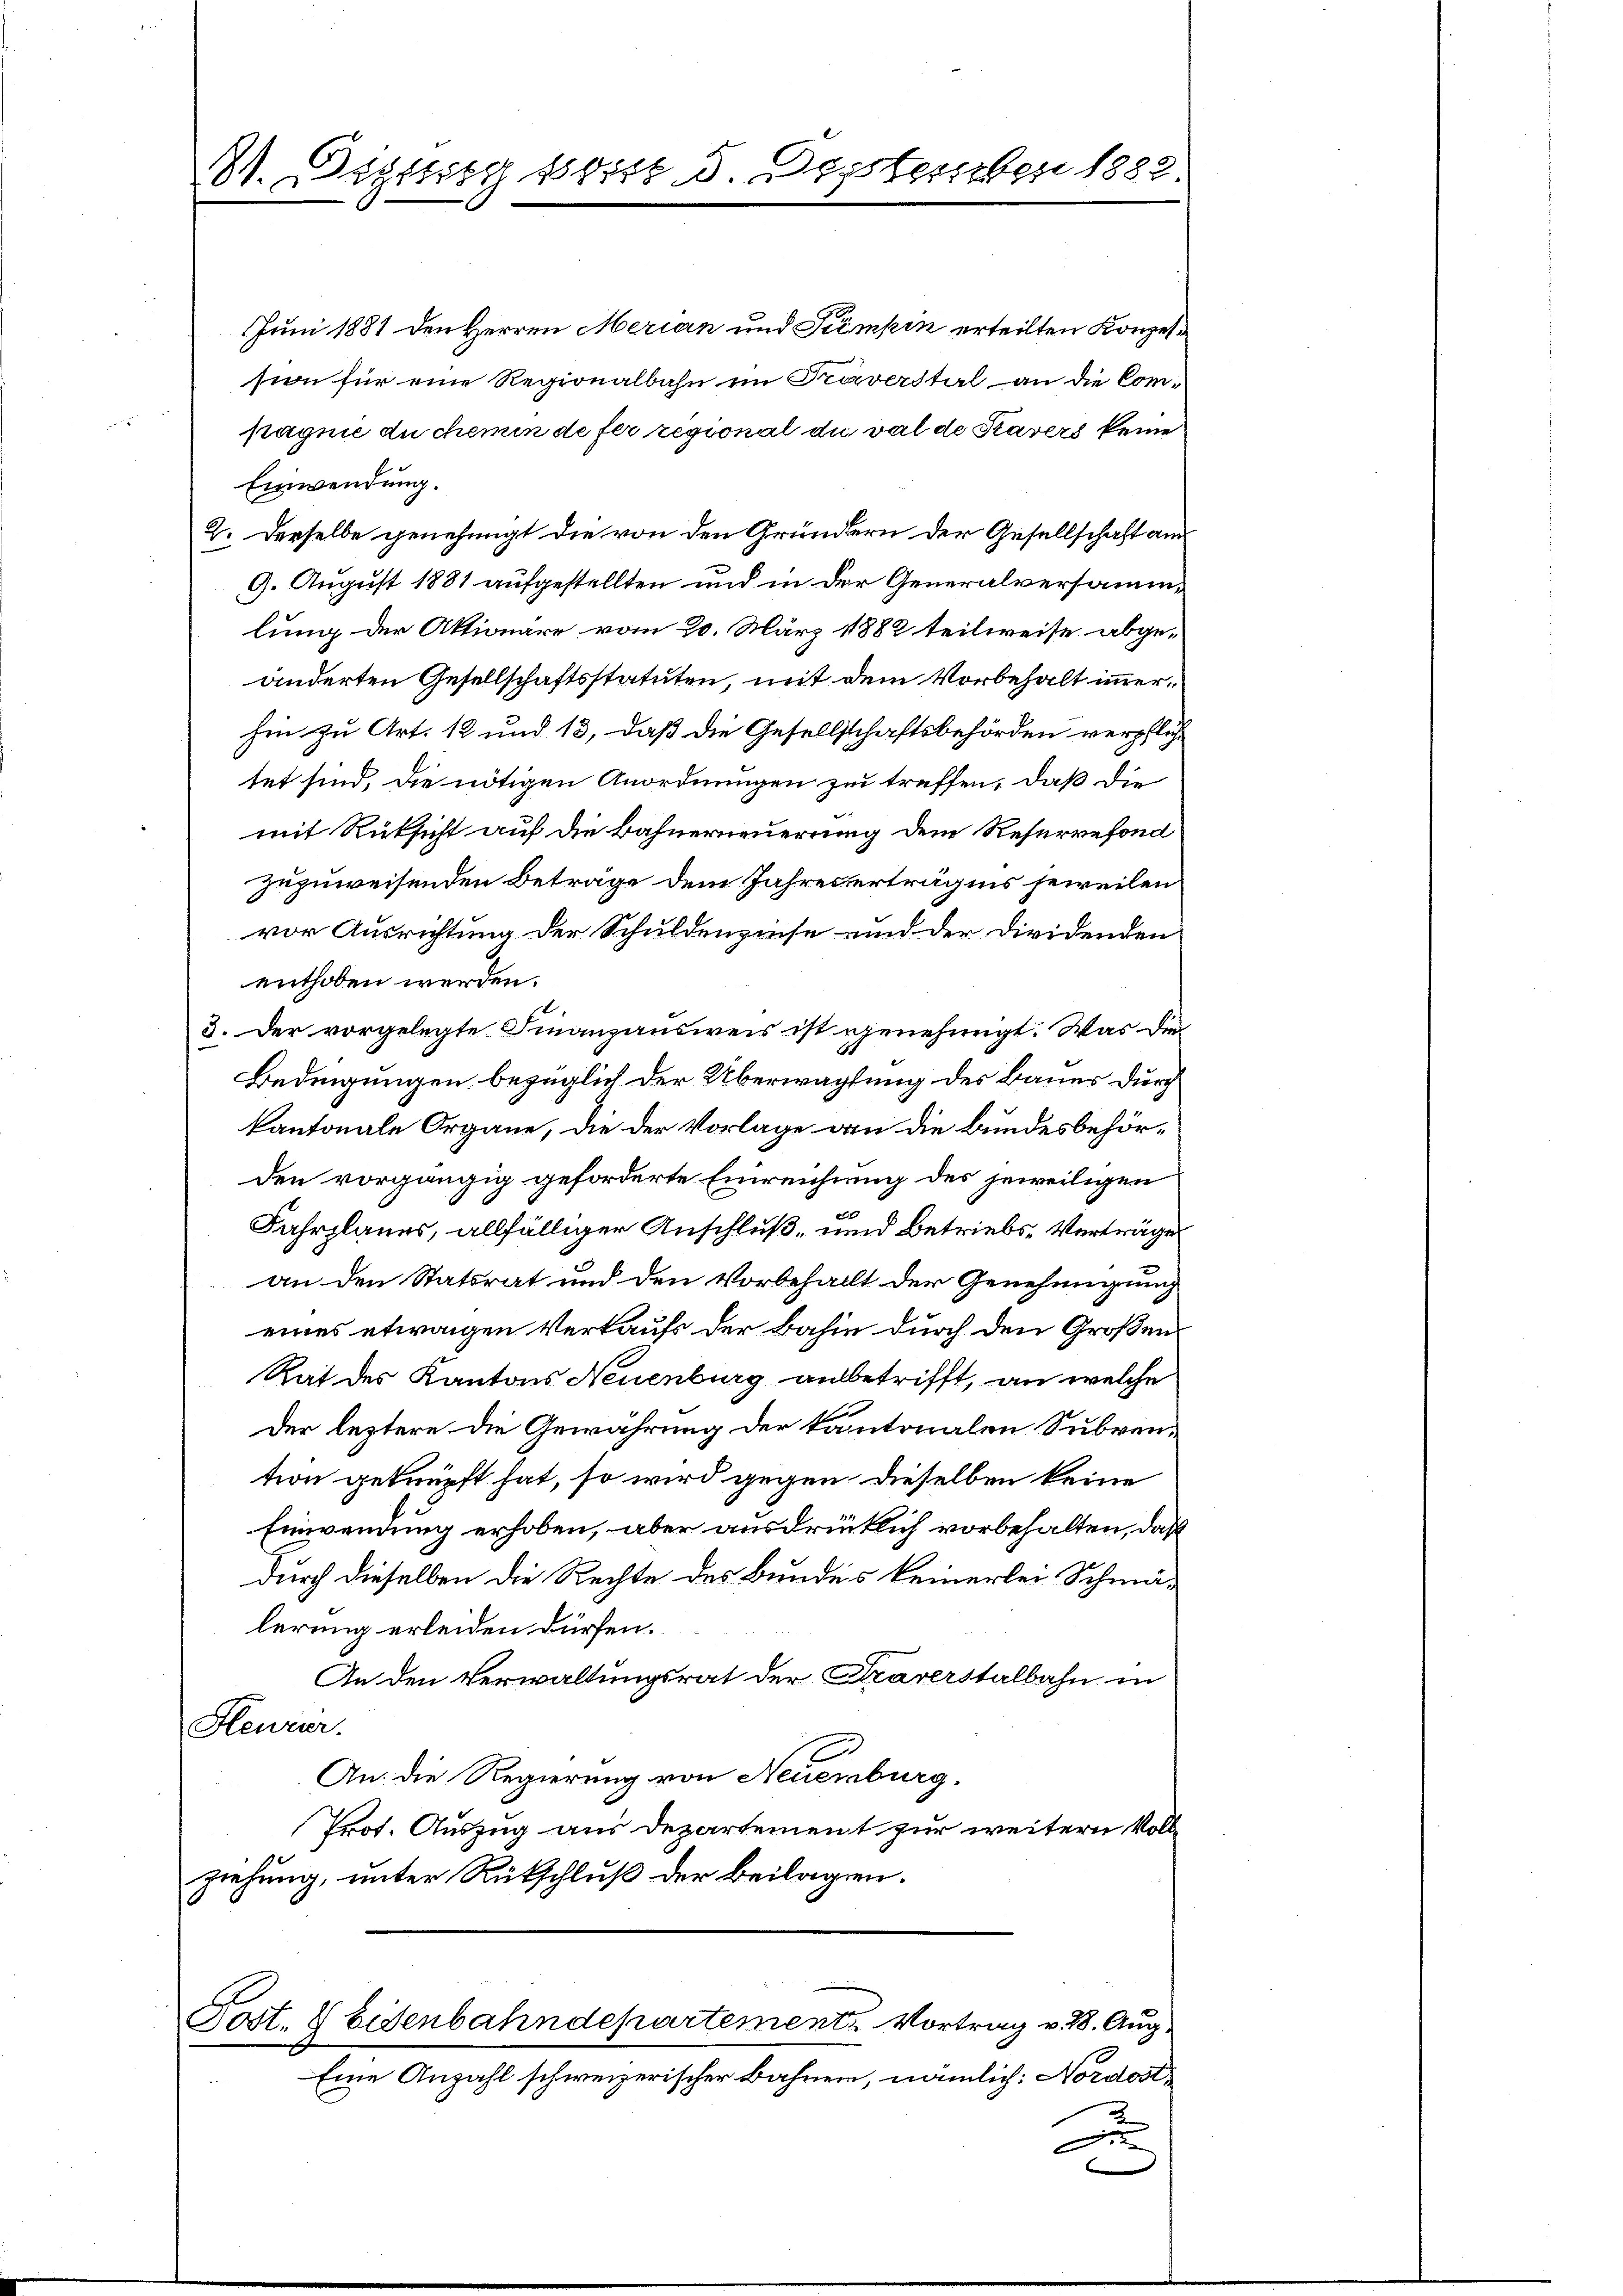
81. Deztberg seits d. Dessterben 1882

Juni 1881 den Herren Merian und Stempen erteilten Konzession für eine Regionalbahn im Präverstal an die Compagnie du chemin de fer regional die val de Stavers keine
Einwendung.
2. Derselbe genehmigt die von den Gründern der Gesellschaft am
9. August 1881 aufgestellten und in der Generalversammlung der Aktionäre vom 20. März 1882 teilweise abgeänderten Gesellschaftsstatuten, mit dem Vorbehalt immerhin zu Art. 12 und 13, daß die Gesellschaftsbehörden verpfliche
tet sind, die nötigen Anordnungen zu treffen, daß die
mit Rüksicht auf die Bahnerneuerung dem Reservefond
zuzuweisenden Beträge dem Jahres erträgnis jeweilen
vor Ausrichtung der Schuldenzinse und der Dividenden
enthoben werden.
3. Der vorgelegte Finanzausweis ist genehmigt. Was die
Bedingungen bezüglich der Überwachtung des Bauer durch
kantonale Organe, die der Vorlage an die Bundesbehörden vorgängig geforderte Einreichung des jeweiligen
Fahrplanes, allfälliger Anschluß, und Betriebs-Verträge
an den Statsrat und den Vorbehallt der Genehmigung
eines etwaigen Verkaufs der Bahin durch den Großen¬
Rat des Kantons Neuenburg anbetrifft, an welche
Der leztere die Gewährung der kantonalen Subven-
tion geknüpft hat, so wird gegen dieselben keine
Einwendung erhoben, aber ausdrücklich vorbehalten, daß
durch dieselben die Rechte des Bundes keinerlei Schmälerung erleiden dürfen.
An den Verwaltungsrat der Traverstalbahn in
Heurer.
An: die Regierung von Neuenburg.
Prot. Auszug aus Departement zur weitern Vollziehung, unter Rückschluß der beilagen.
Post. 8 Eisenbahndepartement. Vortrag v. 18. Aug.
Eine Anzahl schweizerischer Bahnen, nämlich: Nordost¬
A